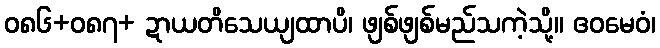
ဝ၈၆+၀၈၇+ ဍာယတိသေယျထာပိ၊ ဖျစ်ဖျစ်မည်သကဲ့သို့။ ဧဝမေဝံ၊